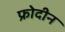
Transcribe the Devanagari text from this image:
फ्रोदीन